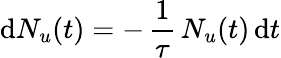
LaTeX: \mathrm{d}{N}_{u}(t)=-\, \frac{1}{\tau}\, N_{u}(t)\, \mathrm{d}t